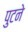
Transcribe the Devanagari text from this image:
पुटने